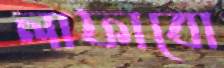
লাফাবো